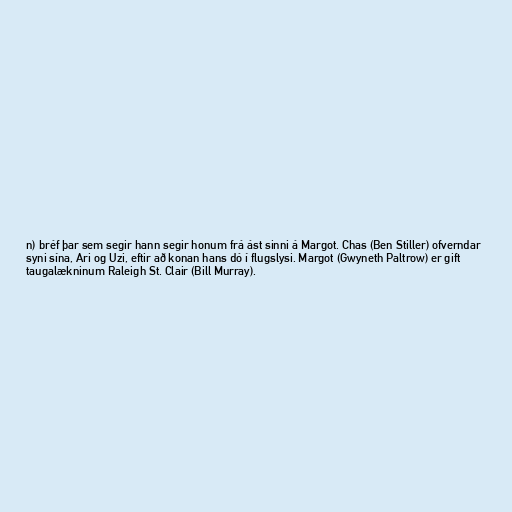
n) bréf þar sem segir hann segir honum frá ást sinni á Margot. Chas (Ben Stiller) ofverndar
syni sína, Ari og Uzi, eftir að konan hans dó í flugslysi. Margot (Gwyneth Paltrow) er gift
taugalækninum Raleigh St. Clair (Bill Murray).